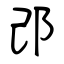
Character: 邔